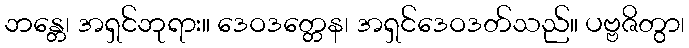
ဘန္တေ၊ အရှင်ဘုရား။ ဒေဝဒတ္တေန၊ အရှင်ဒေဝဒတ်သည်။ ပဗ္ဗဇိတွာ၊